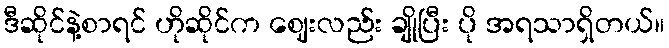
ဒီဆိုင်နဲ့စာရင် ဟိုဆိုင်က ဈေးလည်း ချိုပြီး ပို အရသာရှိတယ်။